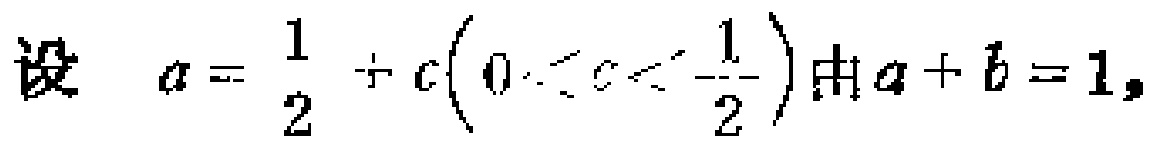
设 \(a = \frac{1}{2} + c\left(0 < c < \frac{1}{2}\right)\)，且 \(a + b = 1\)，